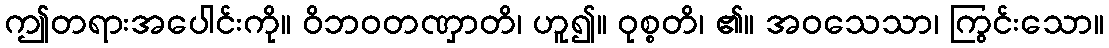
ဤတရားအပေါင်းကို။ ဝိဘဝတဏှာတိ၊ ဟူ၍။ ဝုစ္စတိ၊ ၏။ အဝသေသာ၊ ကြွင်းသော။